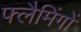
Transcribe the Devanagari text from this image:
फ्लैमिंगों